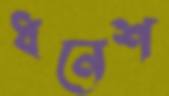
ধনেশ